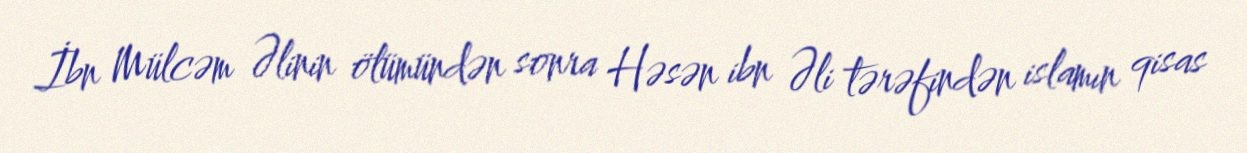
İbn Mülcəm Əlinin ölümündən sonra Həsən ibn Əli tərəfindən islamın qisas